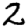
Digit: 2